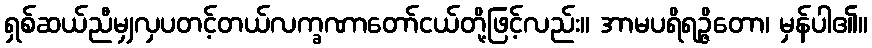
ရှစ်ဆယ်ညီမျှလှပတင့်တယ်လက္ခဏာတော်ငယ်တို့ဖြင့်လည်း။ အာမပရိရဉ္ဇိတော၊ မှန်ပါ၏။